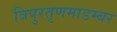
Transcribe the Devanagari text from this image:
त्रिपुरतृणमाडम्बर